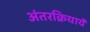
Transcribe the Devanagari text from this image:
अंतरक्रियायें